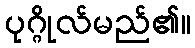
ပုဂ္ဂိုလ်မည်၏။